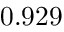
0 . 9 2 9 ^ { }